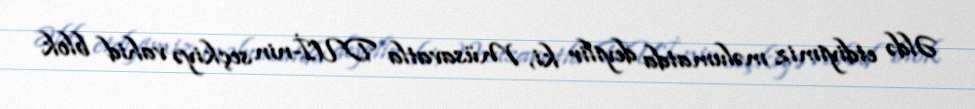
Əldə etdiyimiz məlumatda deyilir ki, Müsavatla DUİ-nin seçkiyə vahid blok